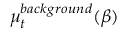
\mu _ { t } ^ { b a c k g r o u n d } ( \beta )